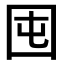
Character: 囤